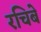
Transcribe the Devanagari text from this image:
रचिबे